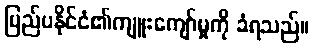
ပြည်ပနိုင်ငံ၏ကျူးကျော်မှုကို ခံရသည်။